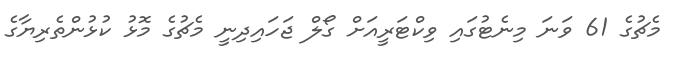
މެޗުގެ 61 ވަނަ މިނެޓުގައި ވިކްޓަރީއަށް ގޯލް ޖަހައިދިނީ މެޗުގެ މޮޅު ކުޅުންތެރިޔާގެ